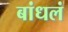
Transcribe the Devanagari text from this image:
बांधलं